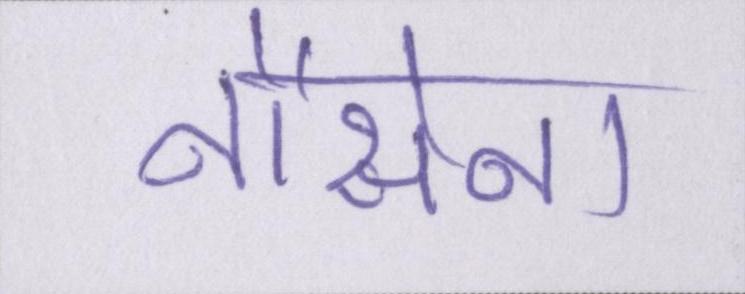
नौसेना